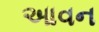
આવન